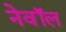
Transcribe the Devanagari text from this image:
नेवॉल